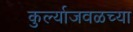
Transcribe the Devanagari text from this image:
कुर्ल्याजवळच्या